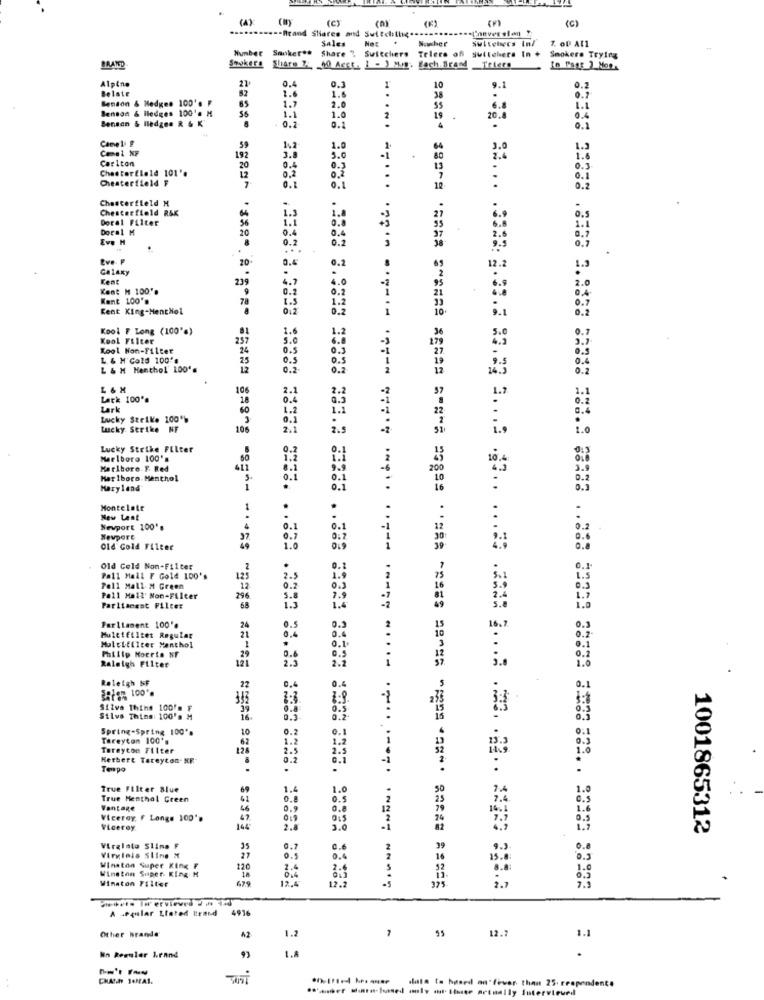
(A):
(C)
(C)
.-- Brand Shiares and Switchthis
Tineversion !
Sales
Sawher
Suitebecs in/
1. OD At1
Hunber Smoker **
Share " Switchers Telers off switchers In +
Telers
Smokers Trying
Shakers Share 24, 50 Acct. 1 - ) Mun. Each.Brand
Alpine
21
0.4
Belate
82
1.
1
10
9.1
Benson & Hedges 100's F
85
1.6
38
0.7
Benson & Iledges 100'. M
1.7
2.0
.
6.8
1.1
Benson & Hedges R & K
1.1
1.
2
19
0.4
- 0.2
0.1
9.1
Camel 2
1.
1
64
1.3
Carlton
192
3.8
3.0
-1
80
1.6
Chesterfield 101'.
12
0.4
0.5
13
.
0.3
Chesterfield F
0,2
0.1
0.1
0.1
12
0.2
Chesterfield M
Chesterfield R&K
1.3
1.8
Dorel Filter
0.8
6.0
0.5
Doral M
0.4
1.1
Eve H
0.4
0.
0.2
Eve. F
0.4
0.2
Galaxy
.
12.2
Kent
4.7
2.0
Kent M 100".
9
0.
Kant 100's
1.5
1.2
Kent King-HentHol
012
Kool F Long (100's)
1.
Kool Filter
257
5.0
Kool Non-Filter
24
0.5
0.3
L. & H'Cold 100's
25
0.5
0.5
L & M Henthol' 100's
0.2-
0.2
L & M
106
2.1
2.2
Lack 100's
18
Lark
60
1.2
Lucky Strike 100%
0.
Lucky Strike NF
196
2.1
2.5
Lucky Strike Filter
Marlboro 100's
Marlboro F. Red
Her Iboro. Menthol
0.1
Maryland
0.1
Montelate
1
New Lent
.
.
Newport 100's
0.1
0.1
0.2
Wevpore
37.
0.7
0:7
0.6
Old Gold Filter
Old Cold Non-Filter
.
0.1
0.1º
Pall Mall F Gold 100's
12
2.
L.S
Pall Mall M Green
12
0.1
0.3
Pall Mall' Non-Filter
296
Parliament Filter
68
15
0.5
0.3
Parliament 100'e
21
24
0.4
16.7
0.3
Muletfiltet Regular
MuleLfliter Monthol
.
0.1
0.2
Philip Morris NF
1
29
0.6
2.2
0.2
Raleigh Filter
1.0
Raleigh IF
22
Siiva Thins 100's F
0.5.
Silva Thins: 100's M
16
0.2
Spring-Spring 100's
10
0.2
0.1
Tareyton 100's
62
1.2
1.2
Tereycon Filter
2.5
2.5
Hethere Tareyton. KF
0.2
0.1
Tempo
.
.
True Filter Blue
1.4
1.0
True Menthol Green
41
0.5
Vantage
46
0.9
0.8
Viceroy F Longs 100's
Viceroy
144
2.
3.0
-1
1001865312
Virelato Slims F
35
0.1
0.6
2
39
Virginia Sling M
27
0.
0.4
Winston Super- King. M
Winston Super King
120
2.4
Winston Filter
679
12.4
12.2
325
A seglar Liated Itraid
4916
Other brands
42
1.2
12.7
55
1.1
1.A
Nn Reguler brand
CHATth 14MAI.
date to haard on' fever than 25. respondent.